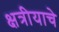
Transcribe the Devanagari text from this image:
क्षत्रीयाचे